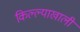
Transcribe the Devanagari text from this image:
किल्ल्याखाली